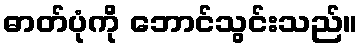
ဓာတ်ပုံကို ဘောင်သွင်းသည်။